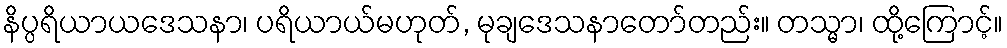
နိပ္ပရိယာယဒေသနာ၊ ပရိယာယ်မဟုတ်, မုချဒေသနာတော်တည်း။ တသ္မာ၊ ထို့ကြောင့်။